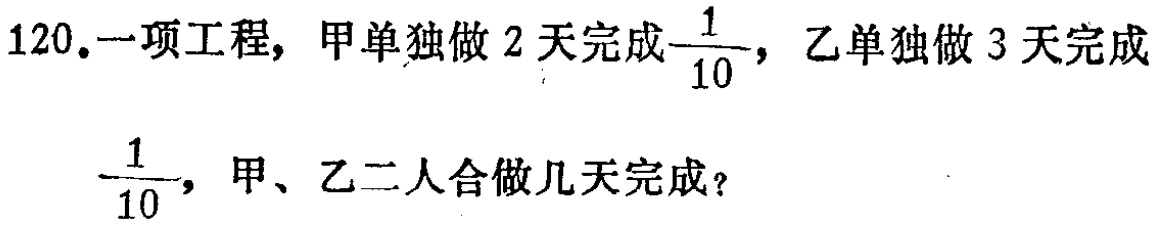
120.一项工程，甲单独做2天完成$\frac{1}{10}$，乙单独做3天完成$\frac{1}{10}$，甲、乙二人合做几天完成？